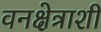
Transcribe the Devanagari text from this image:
वनक्षेत्राशी